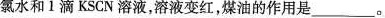
氯水和1滴KSCN溶液，溶液变红，煤油的作用是___。